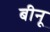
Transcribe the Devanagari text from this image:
बीनू